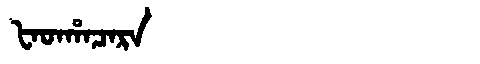
Manchu: ᡶᠠᡨᡥᠠᠴᠠᡵᠠ
Romanization: FATHACARA